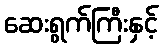
ဆေးရွက်ကြီးနှင့်